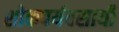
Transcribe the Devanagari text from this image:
शोकपर्यवसायी